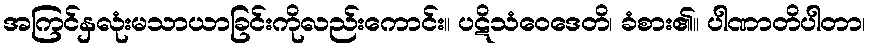
အကြင်နှလုံးမသာယာခြင်းကိုလည်းကောင်း။ ပဋိသံဝေဒေတိ၊ ခံစား၏။ ပါဏာတိပါတာ၊